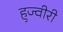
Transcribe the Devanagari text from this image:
हुज्वीरी